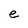
Character: e